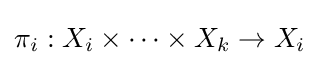
\pi _{i}:X_{i}\times \cdots \times X_{k}\to X_{i}